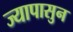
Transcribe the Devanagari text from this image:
ज्यापासुन